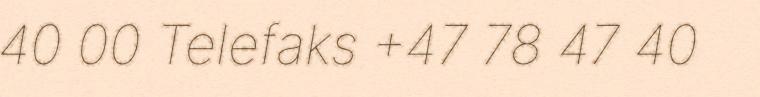
40 00 Telefaks +47 78 47 40